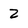
Character: 2